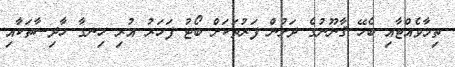
ތިމާވެއްޓާއި ބެހޭ ޤާނޫނުގެ ދަށުން ފަރުތަކަށް ބޯޓު ފަހަރު އުރި ހިނގާ ހާދިސާތަކާއި